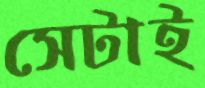
সেটাই